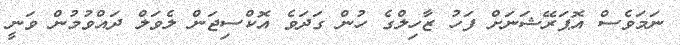
ނަމަވެސް އޮޕަރޭޝަނަށް ފަހު ޒާހިލްގެ ހުން ގަދަވެ އޮކްސިޖަން ލެވަލް ދައްވުމުން ވަނީ